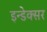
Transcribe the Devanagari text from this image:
इन्डेक्सर